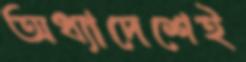
অধ্যাদেশেই